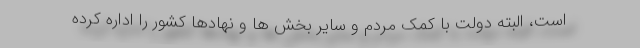
است، البته دولت با کمک مردم و سایر بخش ها و نهادها کشور را اداره کرده